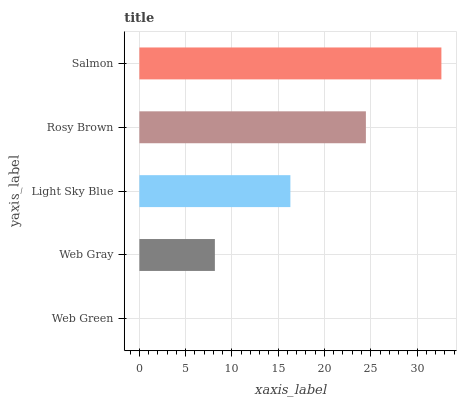
| yaxis_label | bars |
 | --- | --- |
 | Web Green | 0 |
 | Web Gray | 8.16 |
 | Light Sky Blue | 16.3 |
 | Rosy Brown | 24.5 |
 | Salmon | 32.6 |